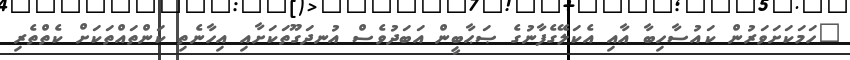
"ހަމަކަށަވަރުން ކައުސާހިބާ އާއި އެކަލޭގެފާނުގެ ޞަޙާބީން އަބަދުވެސް އުނދަގޫތަކަށާއި އިހާނެތި ކަންތައްތަކަށް ކެތްތެރި